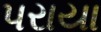
પરાયા